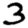
Digit: 3